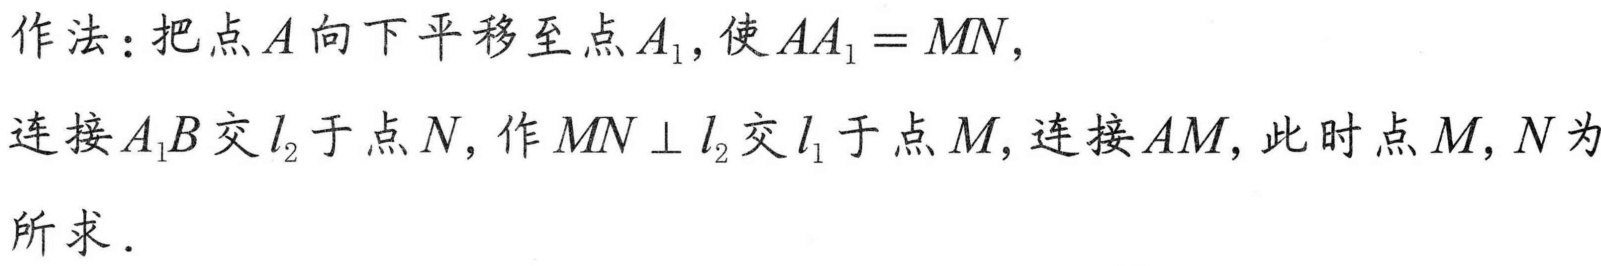
作法：把点\(A\)向下平移至点\(A_{1}\)，使\(AA_{1}=MN\)，
连接\(A_{1}B\)交\(l_{2}\)于点\(N\)，作\(MN\perp l_{2}\)交\(l_{1}\)于点\(M\)，连接\(AM\)，此时点\(M,N\)为
所求．